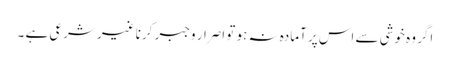
اگر وہ خوشی سے اس پر آمادہ نہ ہو تو اصرار وجبر کرنا غیر شرعی ہے ۔